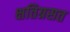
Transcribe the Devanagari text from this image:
क्षतिग्रसत